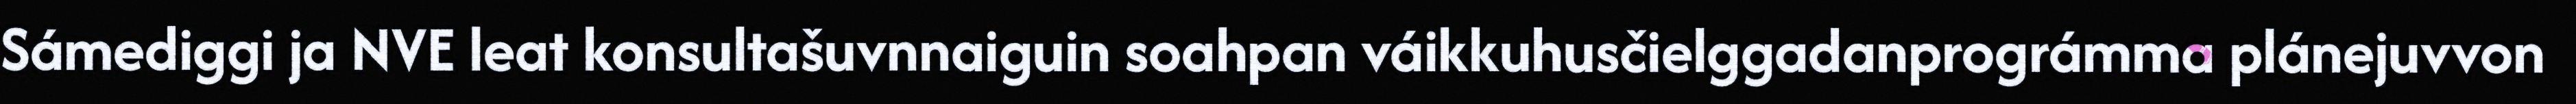
Sámediggi ja NVE leat konsultašuvnnaiguin soahpan váikkuhusčielggadanprográmma plánejuvvon